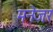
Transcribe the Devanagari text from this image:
मनेजर